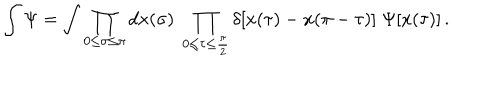
\int \Psi = \int \prod _ { 0 \leq \sigma \leq \pi } d x ( \sigma ) \; \prod _ { 0 \leq \tau \leq \frac { \pi } { 2 } } \delta [ x ( \tau ) - x ( \pi - \tau ) ] \; \Psi [ x ( \tau ) ] \, .